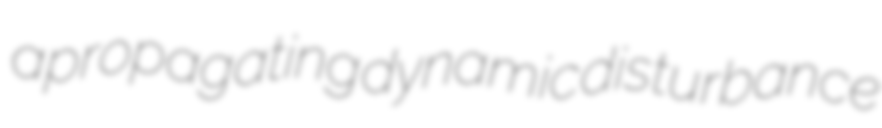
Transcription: a propagating dynamic disturbance